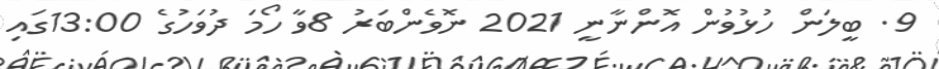
9. ބީލަން ހުޅުވުން އޮންނާނީ 2021 ނޮވެންބަރު 8ވާ ހޯމަ ދުވަހުގެ 13:00ގައި